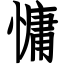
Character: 慵